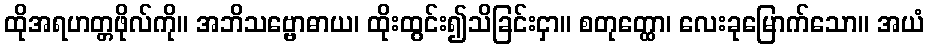
ထိုအရဟတ္တဖိုလ်ကို။ အဘိသဗ္ဗောဓာယ၊ ထိုးထွင်း၍သိခြင်းငှာ။ စတုတ္ထော၊ လေးခုမြောက်သော။ အယံ